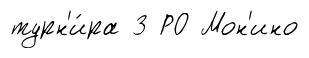
турн'и́ра 3 РО Мон'ино